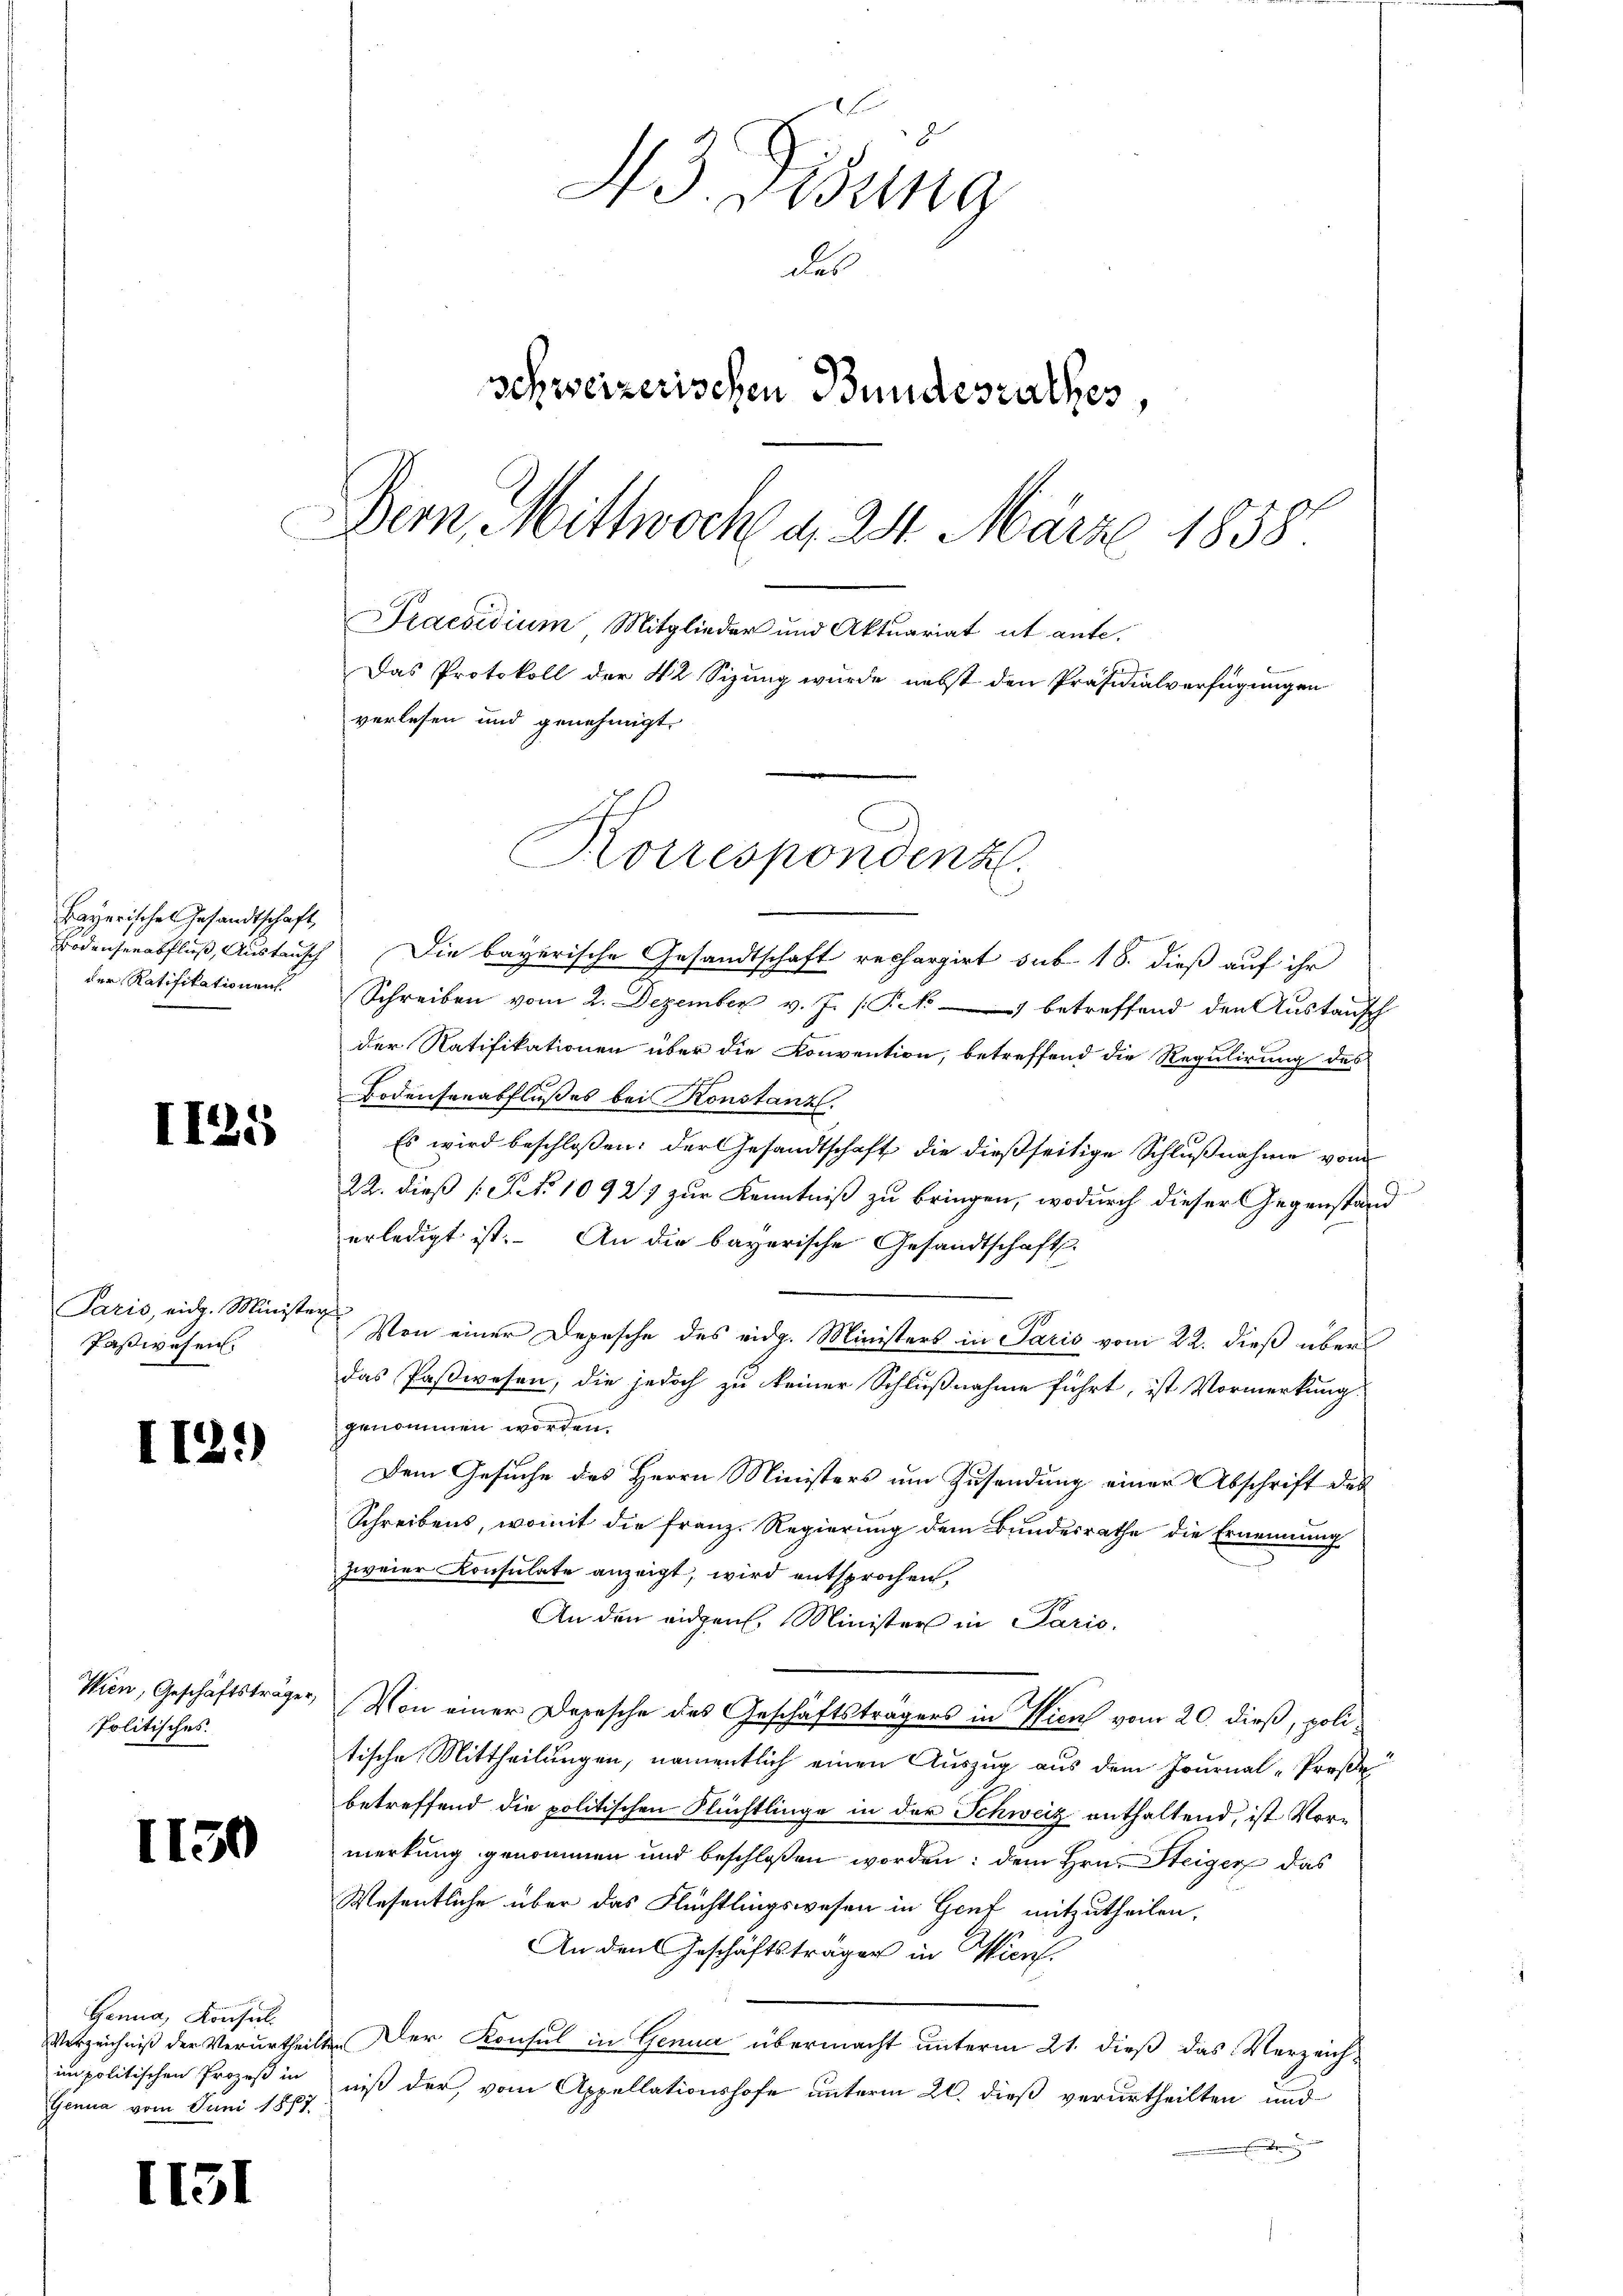
Bayerisches Gesandtschaft,
der Ratifikationen.

II25

Paris, eidg. Minister
Faßwesen.

I12.)

Wien, Geschäftsträger,
Politisches.

Genua, Konsil.
Verzeichniß der Verurtheil
im politischen Prozeß in
Genua vom Juni 1877.

43. Didung
des
schweizerischen Bundesrathes,
Dern, Mittwoch d. 24. März 1858
Praesidium Mitglieder und Aktuariat it ante.
Das Protokoll der 42 Sizung wurde nebst den Präsidialverfügungen
verlesen und genehmigt.

1150

II51

Bodenserabfluß, Austrisch Die bayerische Gesandtschaft rechargirt sub. 18. dieß auf ihr
Schreiben vom 2. Dezember v. J. J. betreffend den Aŭstaŭsch
der Ratifikationen über die Konvention, betreffend die Regulirung des
Bodensenabflußes bei Konstanz.
Es wird beschloßen: der Gesandtschaft die dießseitige Schlußnahme vom
22. dieß (T. No 1092) zur Kenntniß zu bringen, wodurch dieser Gegenstand
erledigt ist. An die bayerische Gesandtschafts-
Von einer Depesche des eidg. Ministers in Paris vom 22. dieß über
das Paßwesen, die jedoch zu keiner Schlußnahme führt, ist Vormerkung
genommen worden.
Dem Gesuche des Herrn Ministers um Zusendung einer Abschrift des
Schreibens, womit die Franz. Regierung dem Bundesrathe die Ernennung
zweier Konsulate anzeigt, wird entsprochen,
An den eidgen. Minister in Paris.
Von einer Depesche des Geschäftsträgers in Wien vom 20. dieß, politische Mittheilungen, namentlich einen Auszug aus dem Journal-Preße
betreffend die politischen Flüchtlinge in der Schweiz enthaltend, ist Vormerkung genommen und beschloßen worden: dem Hrn. Steiger das
Wesentliche über das Flüchtlingswesen in Genf mitzutheilen.
An den Geschäftsträger in Win¬
1. Der Konsul in Genua übermacht unterm 21. dieß das Verzeichniß der, vom Appellationshofe unterm 20. dieß verurtheilten und
.

Korrespondenz